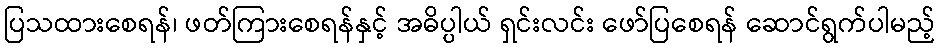
ပြသထားစေရန်၊ ဖတ်ကြားစေရန်နှင့် အဓိပ္ပါယ် ရှင်းလင်း ဖော်ပြစေရန် ဆောင်ရွက်ပါမည့်